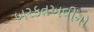
બરકતઅલીનો